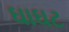
ઘાઘટ